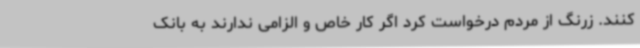
کنند. زرنگ از مردم درخواست کرد اگر کار خاص و الزامی ندارند به بانک